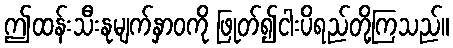
ဤထန်းသီးနုမျက်နှာဝကို ဖြုတ်၍ငါးပိရည်တို့ကြသည်။